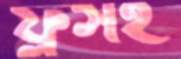
ফ্লুসহ